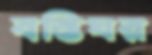
বস্তিঘর